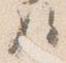
将